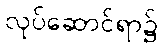
လုပ်ဆောင်ရာ၌